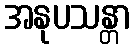
အနုပသန္တာ